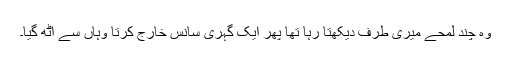
وہ چند لمحے میری طرف دیکھتا رہا تھا پھر ایک گہری سانس خارج کرتا وہاں سے اٹھ گیا۔